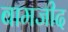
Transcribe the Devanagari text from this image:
बामजीद